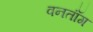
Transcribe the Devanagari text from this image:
वनतॉंग